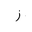
Letter: _zay